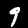
Label: 9